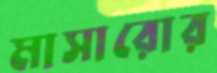
মাসারোর